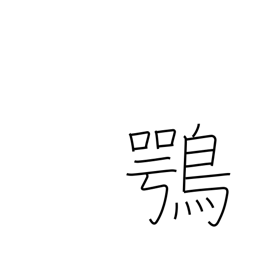
Meaning: osprey